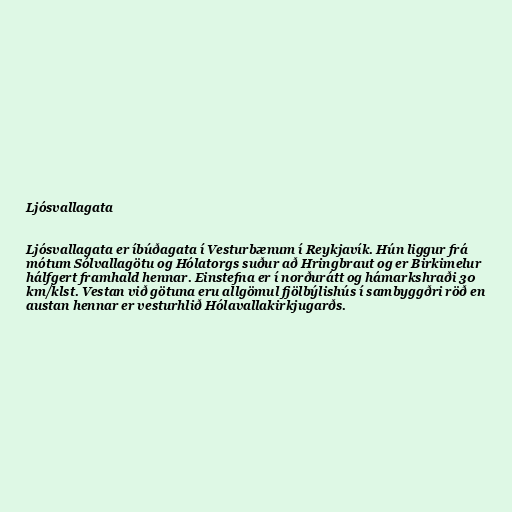
Ljósvallagata

Ljósvallagata er íbúðagata í Vesturbænum í Reykjavík. Hún liggur frá
mótum Sólvallagötu og Hólatorgs suður að Hringbraut og er Birkimelur
hálfgert framhald hennar. Einstefna er í norðurátt og hámarkshraði 30
km/klst. Vestan við götuna eru allgömul fjölbýlishús í sambyggðri röð en
austan hennar er vesturhlið Hólavallakirkjugarðs.